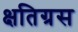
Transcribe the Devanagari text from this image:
क्षतिग्रस